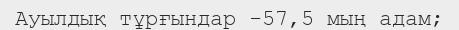
Ауылдық тұрғындар -57,5 мың адам;